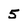
Character: 5